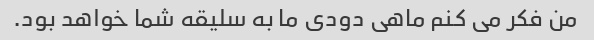
من فکر می کنم ماهی دودی ما به سلیقه شما خواهد بود.